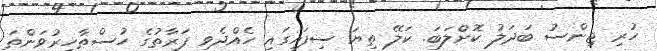
ހުރި ޖިންސު ބަދަލު ކޮށްލަބަ. ކަލޭ ތިޔަ ސިފައިގައި ހެއްދެވި ފަރާތުގެ ހުސްޠާހިރުވަންތަ